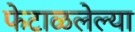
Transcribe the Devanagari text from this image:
फेटाळलेल्या